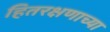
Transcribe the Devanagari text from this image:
हितरक्षणाच्या